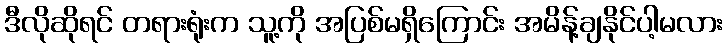
ဒီလိုဆိုရင် တရားရုံးက သူ့ကို အပြစ်မရှိကြောင်း အမိန့်ချနိုင်ပါ့မလား